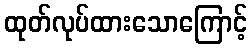
ထုတ်လုပ်ထားသောကြောင့်